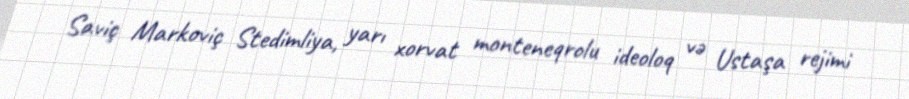
Saviç Markoviç Stedimliya, yarı xorvat monteneqrolu ideoloq və Ustaşa rejimi